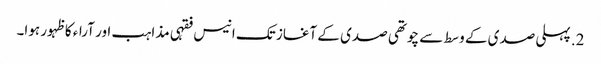
2. پہلی صدی کے وسط سے چوتھی صدی کے آغاز تک انیس فقہی مذاہب اور آراء کا ظہور ہوا۔